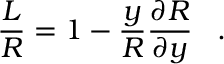
\frac { L } { R } = 1 - \frac { y } { R } \frac { \partial R } { \partial y } \; \; \; .